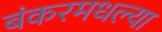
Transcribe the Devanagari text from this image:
बंकरमधल्या